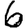
Digit: 6